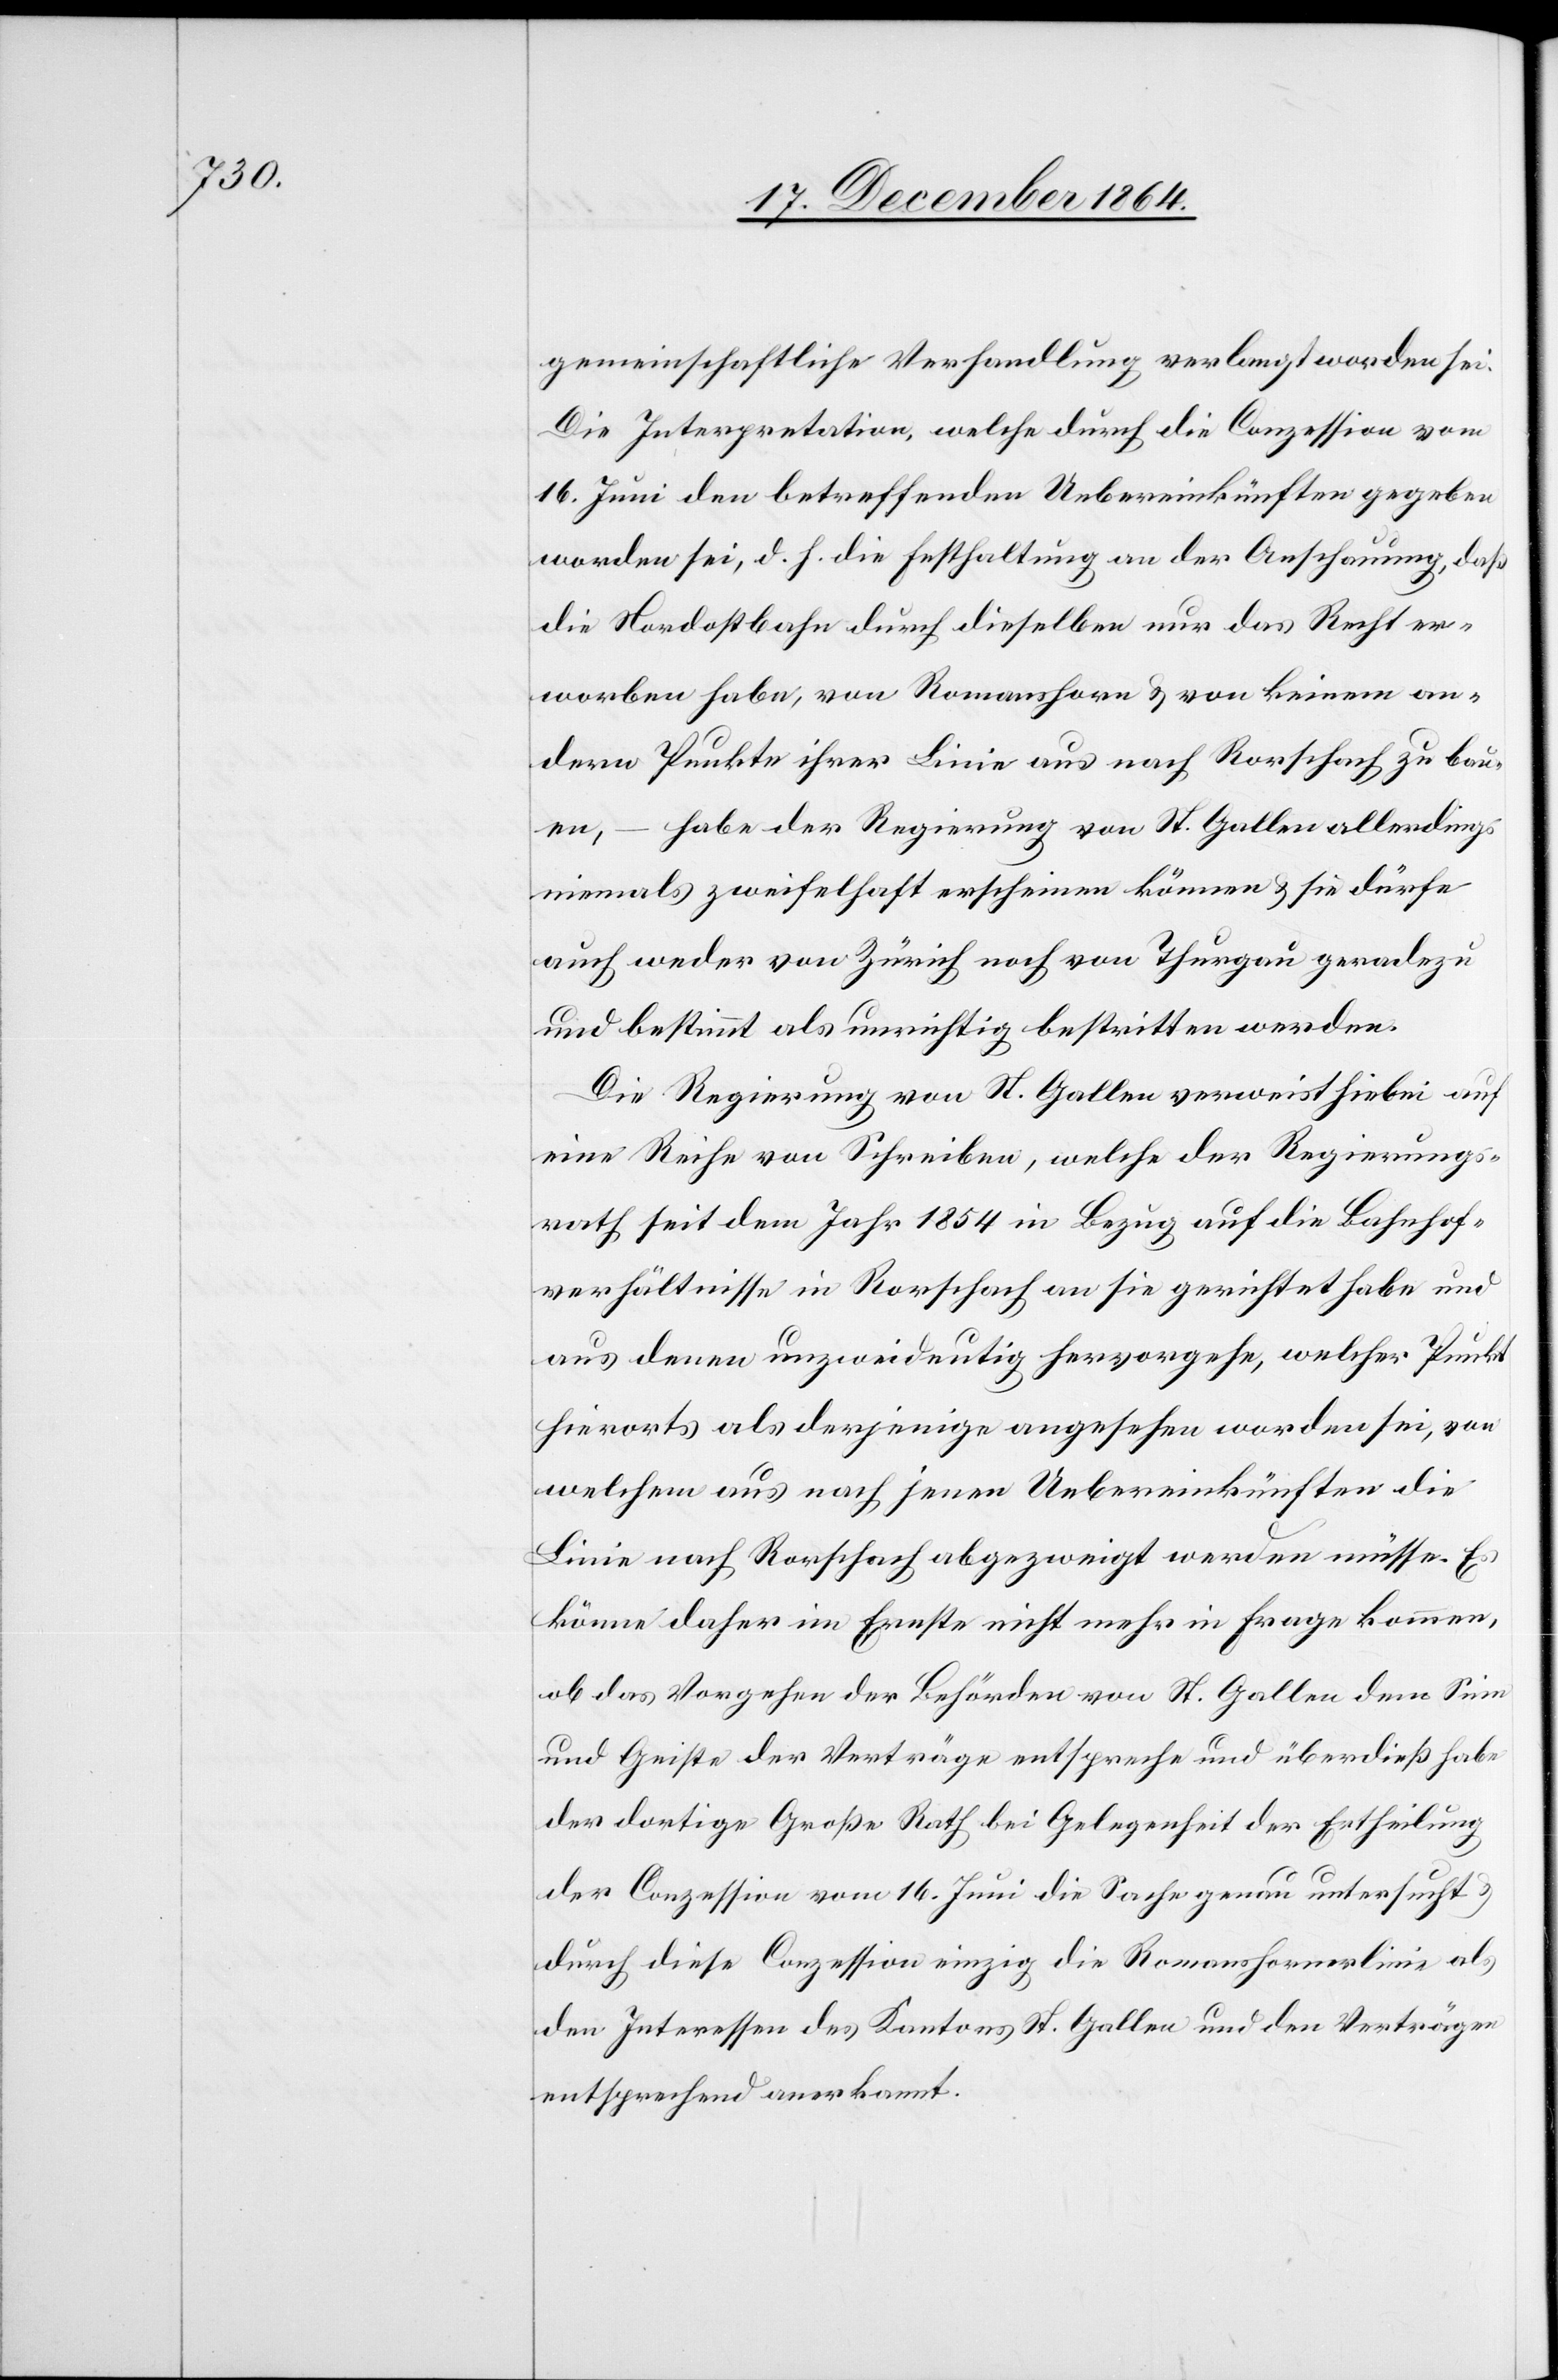
gemeinschaftliche Verhandlung verlangt worden sei.
Die Interpretation, welche durch die Conzession vom
16. Juni den betreffenden Uebereinkünften gegeben
worden sei, d. h. die Festhaltung an der Anschauung, daß
die Nordostbahn durch dieselben nur das Recht er¬
worben habe, von Romanshorn & von keinen an¬
dern Punkte ihrer Linie aus nach Rorschach zu bau¬
en, – habe der Regierung von St. Gallen allerdings
niemals zweifelhaft erscheinen können & sie dürfe
auch weder von Zürich noch von Thurgau geradezu
und bestimmt als unrichtig bestritten werden.
Die Regierung von St. Gallen verweist hiebei auf
eine Reihe von Schreiben, welche der Regierungs¬
rath seit dem Jahr 1854 in Bezug auf die Bahnhof¬
verhältnisse in Rorschach an sie gerichtet habe und
aus denen unzweideutig hervorgehe, welcher Punkt
hierorts als derjenige angesehen worden sei, von
welchem aus nach jenen Uebereinkünften die
Linie nach Rorschach abgezweigt werden müsse. Es
könne daher im Ernste nicht mehr in Frage kommen,
ob das Vorgehen der Behörden von St. Gallen dem Sinn
und Geiste der Verträge entspreche und überdieß habe
der dortige Große Rath bei Gelegenheit der Ertheilung
der Conzession vom 16. Juni die Sache genau untersucht &
durch diese Conzession einzig die Romanshornerlinie als
den Interessen des Kantons St. Gallen und den Verträgen
entsprechend anerkannt.